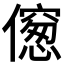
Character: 𠏨